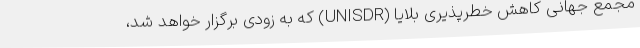
مجمع جهانی کاهش خطرپذیری بلایا (UNISDR) که به زودی برگزار خواهد شد،